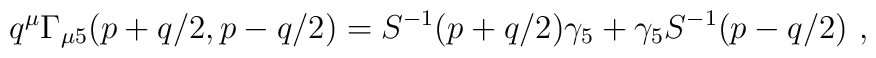
q^\mu \Gamma_{\mu 5} (p+q/2, p-q/2) =S^{-1}(p+q/2)\gamma_5 +\gamma_5S^{-1}(p-q/2)\ ,